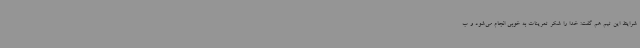
شرایط این تیم هم گفت: خدا را شکر تمرینات به خوبی انجام می‌شود و ب